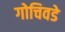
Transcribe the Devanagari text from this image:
गोचिवडे